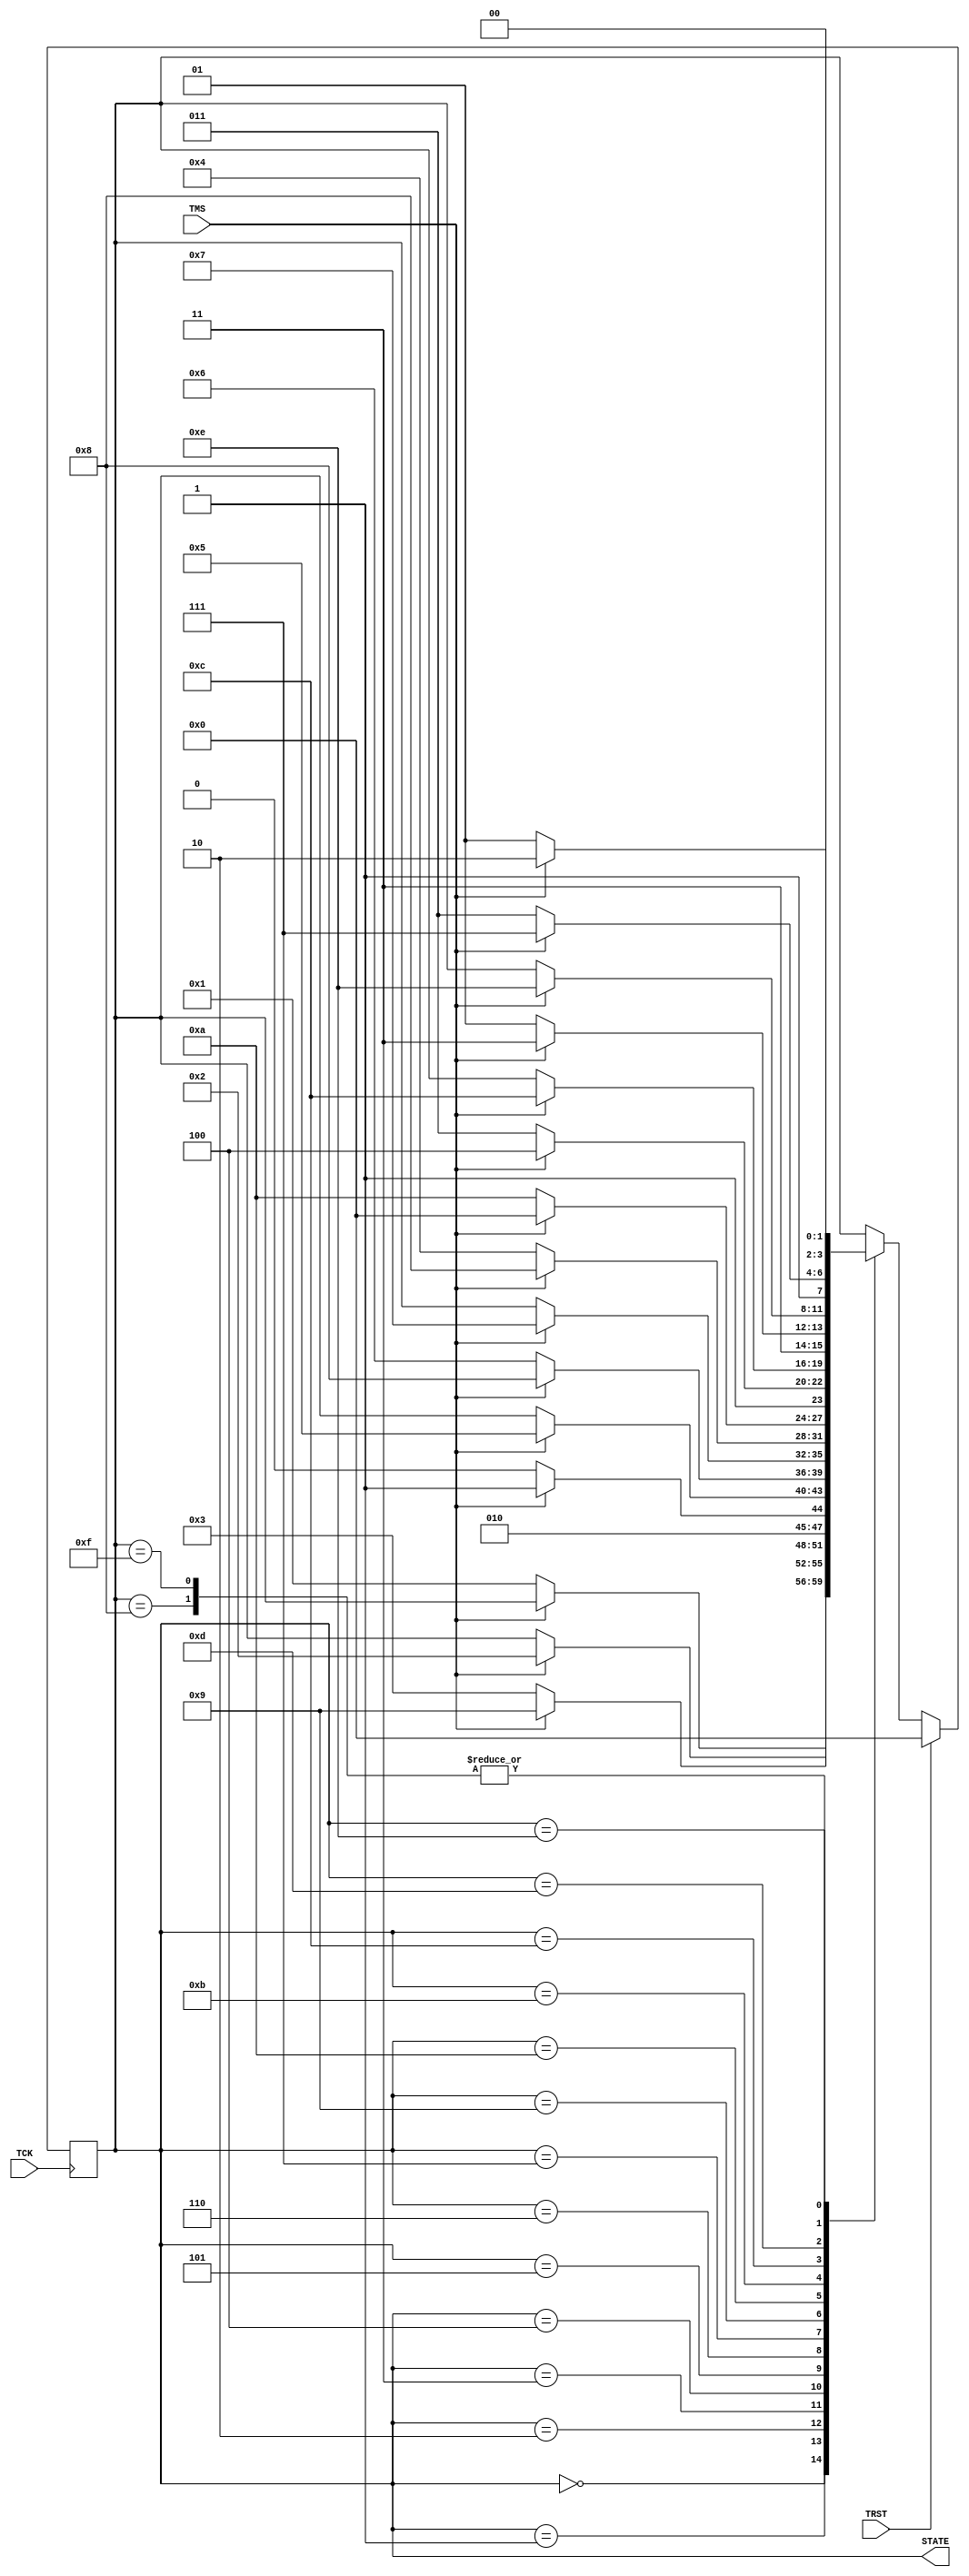
/*
 * @Author: Yihao Wang
 * @Date: 2020-02-10 16:43:52
 * @LastEditTime: 2020-04-03 00:48:19
 * @LastEditors: Please set LastEditors
 * @Description: FSM design: Tap Controller
 * @FilePath: /EE577b_HW/HW2/tap_controller.v
 */
module tap_controller (
    output reg [3:0] STATE,
    input TCK, TRST, TMS
);
    // Definition of states
    parameter TEST_LOGIC_RESET = 4'b0000;
    parameter RUN_TEST_IDLE = 4'b0001;
    parameter SELECT_DR_SCAN = 4'b0010;
    parameter CAPTURE_DR = 4'b0011;
    parameter SHIFT_DR = 4'b0100;
    parameter EXIT1_DR = 4'b0101; 
    parameter PAUSE_DR = 4'b0110; 
    parameter EXIT2_DR = 4'b0111;
    parameter UPDATE_DR = 4'b1000;
    parameter SELECT_IR_SCAN = 4'b1001; 
    parameter CAPTURE_IR = 4'b1010; 
    parameter SHIFT_IR = 4'b1011; 
    parameter EXIT1_IR = 4'b1100; 
    parameter PAUSE_IR = 4'b1101; 
    parameter EXIT2_IR = 4'b1110; 
    parameter UPDATE_IR = 4'b1111;


    // State transition:
    always @(posedge TCK) begin
        //synchronous high active reset
        if(TRST) 
            STATE <= TEST_LOGIC_RESET;
        else 
            case (STATE) 
            TEST_LOGIC_RESET : 
                if (TMS == 0) STATE <= RUN_TEST_IDLE;
            RUN_TEST_IDLE :
                if (TMS == 1) STATE <= SELECT_DR_SCAN;
            SELECT_DR_SCAN :
                if (TMS == 0) STATE <= CAPTURE_DR;
                else STATE <= SELECT_IR_SCAN;
            CAPTURE_DR :
                if (TMS == 0) STATE <= SHIFT_DR;
                else STATE <= EXIT1_DR;
            SHIFT_DR :
                if (TMS == 1) STATE <= EXIT1_DR;
            EXIT1_DR :
                if (TMS == 0) STATE <= PAUSE_DR;
                else STATE <= UPDATE_DR;
            PAUSE_DR :
                if (TMS == 1) STATE <= EXIT2_DR;
            EXIT2_DR :
                if (TMS == 0) STATE <= SHIFT_DR;
                else STATE <= UPDATE_DR;
            UPDATE_DR :
                if (TMS == 0) STATE <= RUN_TEST_IDLE;
                else STATE <= SELECT_DR_SCAN;
            SELECT_IR_SCAN :
                if (TMS == 0) STATE <= CAPTURE_IR;
                else STATE <= TEST_LOGIC_RESET;
            CAPTURE_IR :
                if (TMS == 0) STATE <= SHIFT_IR;
                else STATE <= EXIT1_IR;
            SHIFT_IR :
                if (TMS == 1) STATE <= EXIT1_IR;
            EXIT1_IR :
                if (TMS == 0) STATE <= PAUSE_IR;
                else STATE <= UPDATE_IR;
            PAUSE_IR :
                if (TMS == 1) STATE <= EXIT2_IR;
            EXIT2_IR :
                if (TMS == 1) STATE <= UPDATE_IR;
                else STATE <= SHIFT_IR;
            UPDATE_IR :
                if (TMS == 1) STATE <= SELECT_DR_SCAN;
                else STATE <= RUN_TEST_IDLE;
            endcase
    end
    
endmodule